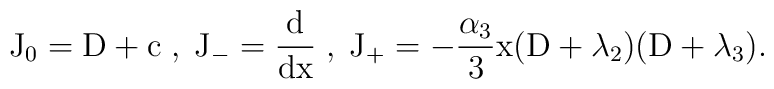
\rm J_0 = \rm D + \rm c\; , \; \rm J_- = \frac{\rm d}{\rm {dx}}\; , \;\rm J_+ = -\frac{\alpha_3}{3} \rm x (\rm D + \lambda_2) (\rm D + \lambda_3).